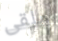
ملقى